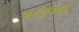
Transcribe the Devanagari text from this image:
कठिनिवर्ग